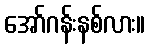
အော်ဂန်းနစ်လား။